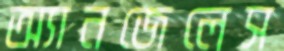
অ্যানজেলেস